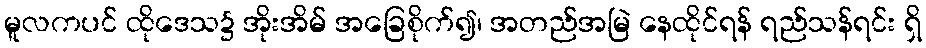
မူလကပင် ထိုဒေသ၌ အိုးအိမ် အခြေစိုက်၍၊ အတည်အမြဲ နေထိုင်ရန် ရည်သန်ရင်း ရှိ